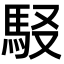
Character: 𩢃